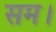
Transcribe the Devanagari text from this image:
सम।